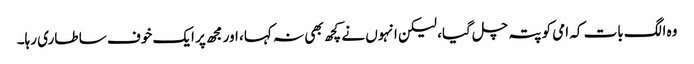
وہ الگ بات کہ امی کو پتہ چل گیا، لیکن انہوں نے کچھ بھی نہ کہا، اور مجھ پر ایک خوف سا طاری رہا۔